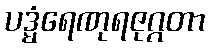
ပဒ္မံရေဏုရဇုဂ္ဂတာ